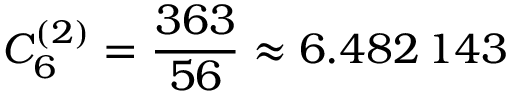
C _ { 6 } ^ { ( 2 ) } = \frac { 3 6 3 } { 5 6 } \approx 6 . 4 8 2 \, 1 4 3